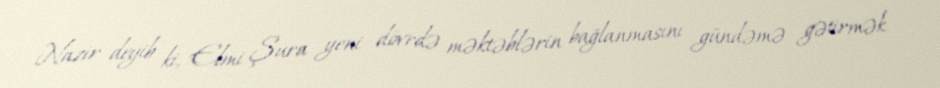
Nazir deyib ki, Elmi Şura yeni dövrdə məktəblərin bağlanmasını gündəmə gətirmək